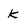
Character: k